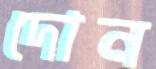
দোন